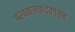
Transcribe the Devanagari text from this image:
पखवाजवादकांसह